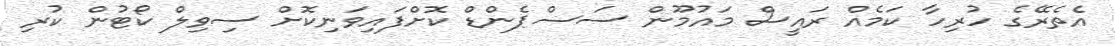
އެތެރޭގެ ހުރިހާ ކަމެއް ރައީސް މައުމޫން ސަސްޕެންޑް ކޮށްފައިވަނިކޮށް ސިވިލް ކޯޓުން ކުރި